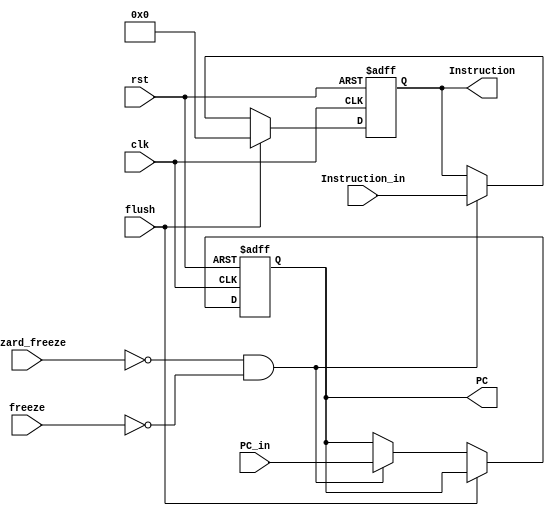
module IF_Stage_reg
	(
		input clk, 
		input rst,
		input flush,
		input hazard_freeze,
		input [31:0] PC_in, 
		input [31:0] Instruction_in,

		input freeze,

		output reg [31:0] PC, 
		output reg [31:0] Instruction
	);
	
	always@(posedge clk or posedge rst)
	begin
		if(rst)
		begin
			PC <= 32'b0;
			Instruction <= 32'b0;
		end
		else if (flush)
		  begin
		    Instruction <=32'b0 ;
		    end
		else if(!hazard_freeze && !freeze) 
		begin
			Instruction <= Instruction_in;
			PC <= PC_in;
		end
	end
endmodule